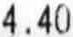
4.40